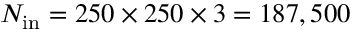
N _ { \mathrm { i n } } = 2 5 0 \times 2 5 0 \times 3 = 1 8 7 , 5 0 0